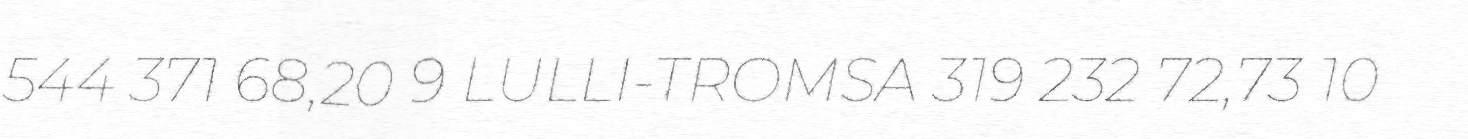
544 371 68,20 9 LULLI-TROMSA 319 232 72,73 10